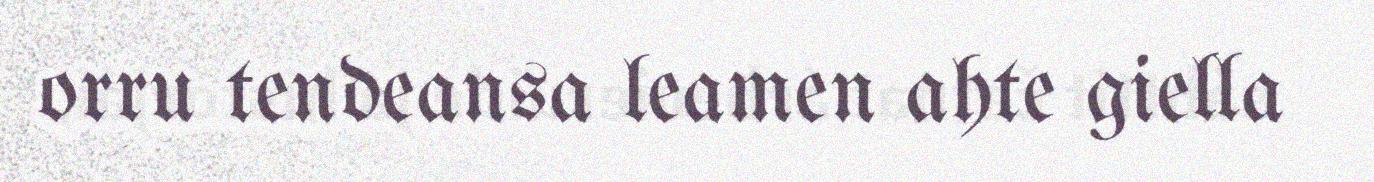
orru tendeansa leamen ahte giella